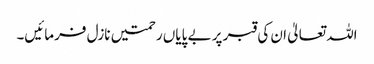
اللہ تعالیٰ ان کی قبر پر بے پایاں رحمتیں نازل فرمائیں۔